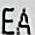
EA